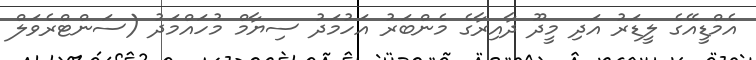
އެމްޑީއޭގެ ލީޑަރު އަދި މީދޫ ދާއިރާގެ މެންބަރު އަހުމަދު ސިޔާމް މުހައްމަދު (ސަންޓްރެވަލް